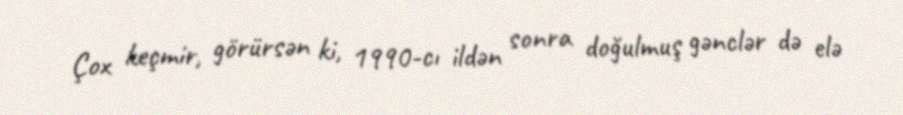
Çox keçmir, görürsən ki, 1990-cı ildən sonra doğulmuş gənclər də elə